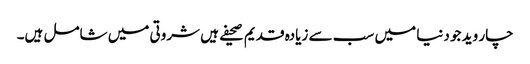
چار وید جو دنیا میں سب سے زیادہ قدیم صحیفے ہیں شروتی میں شامل ہیں۔